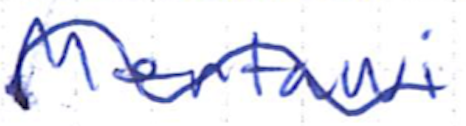
Text: Mentawai
Cross-out: wave
Writing tool: ballpoint